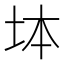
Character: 𡊖